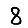
Digit: 8